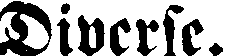
Diverse.